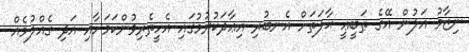
ނިޒާމު އަލުން އޭގެ ޠަބީޢީ ޙާލަތަށް އެނބުރި އިޢާދަކުރުމުގައި އެހީތެރިވުންކަމަށާއި އަދި ގެއްލުމެއް